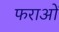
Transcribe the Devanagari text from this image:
फराओं